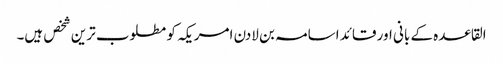
القاعدہ کے بانی اور قائد اسامہ بن لادن امریکہ کو مطلوب ترین شخص ہیں۔